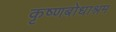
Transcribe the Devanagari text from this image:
कृष्णबोधाश्रम